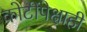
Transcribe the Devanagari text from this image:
कोटींपेक्षाही